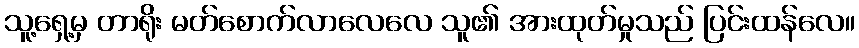
သူ့ရှေ့မှ တာရိုး မတ်စောက်လာလေလေ သူ၏ အားထုတ်မှုသည် ပြင်းထန်လေ။